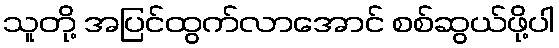
သူတို့ အပြင်ထွက်လာအောင် စစ်ဆွယ်ဖို့ပါ